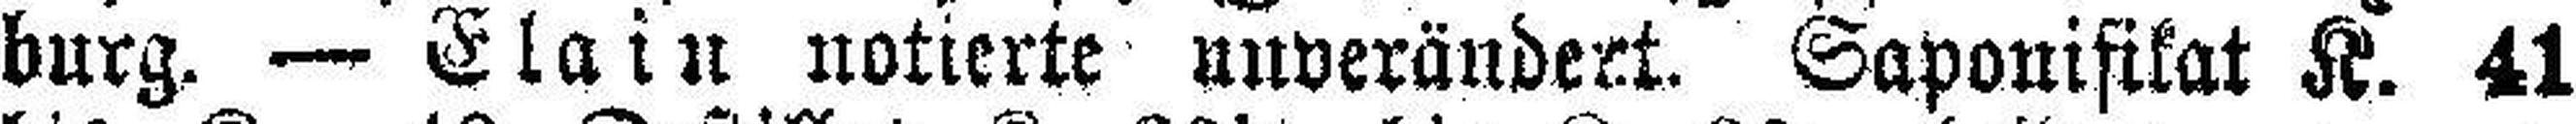
burg. — Elain notierte unverändert. Saponifikat K. 41